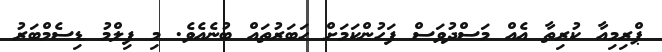
ޕްރިމިއާ ކުރިތާ އެއް މަސްދުވަސް ފަހުންކަމަށް ހަބަރުތައް ބުނެއެވެ. މި ފިލްމު ޑިސެމްބަރު